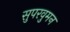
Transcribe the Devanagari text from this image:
सुपरवुमन